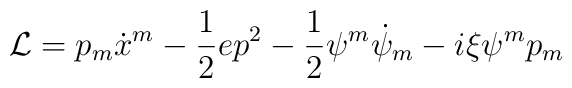
{\cal{L}}=p_m\dot{x}^m-\frac 12 ep^2-\frac 12 \psi^m\dot{\psi}_m-i\xi{\psi^m}p_m